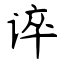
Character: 谇